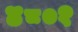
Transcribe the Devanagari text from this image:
४८०१